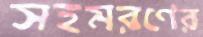
সহমরণের